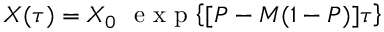
X ( \tau ) = X _ { 0 } ~ \mathrm { ~ e ~ x ~ p ~ } { \left\lbrace [ P - M ( 1 - P ) ] \tau \right\rbrace }